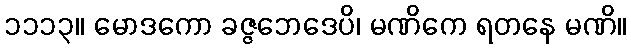
၁၁၁၃။ မောဒကော ခဇ္ဇဘေဒေပိ၊ မဏိကေ ရတနေ မဏိ။